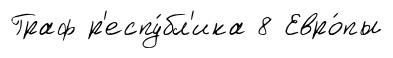
Граф р'еспу́бл'ика 8 Евро́пы